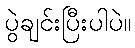
ပွဲချင်းပြီးပါပဲ။